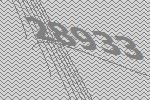
28933